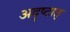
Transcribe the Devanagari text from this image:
अदृष्टात्